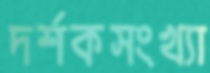
দর্শকসংখ্যা